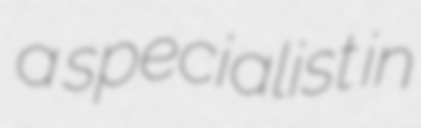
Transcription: a specialist in